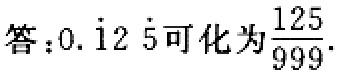
答：\(0.\dot{1}2\dot{5}\)可化为\(\frac{125}{999}\).